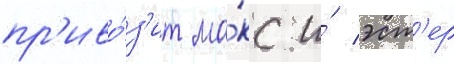
пр'иво́з'ит ма́кс и́ эст'ер